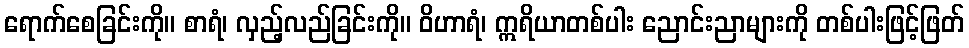
ရောက်စေခြင်းကို။ စာရံ၊ လှည့်လည်ခြင်းကို။ ဝိဟာရံ၊ ဣရိယာတစ်ပါး ညောင်းညာများကို တစ်ပါးဖြင့်ဖြတ်